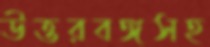
উত্তরবঙ্গসহ